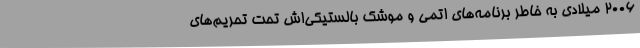
2006 میلادی به خاطر برنامه‌های اتمی و موشک بالستیکی‌اش تحت تحریم‌های